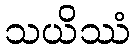
သယိဿံ